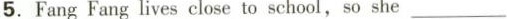
5.FangFang lives close to school,so she___